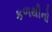
કળથીનો